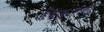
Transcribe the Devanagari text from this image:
दिक्‌पाल